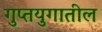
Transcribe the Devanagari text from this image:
गुप्तयुगातील